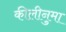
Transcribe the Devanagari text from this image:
कीलीनुमा